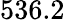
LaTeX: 536.2